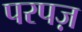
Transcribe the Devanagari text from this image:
परपज़